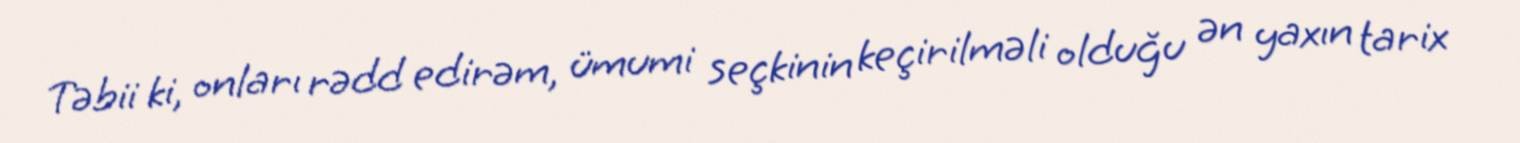
Təbii ki, onları rədd edirəm, ümumi seçkinin keçirilməli olduğu ən yaxın tarix